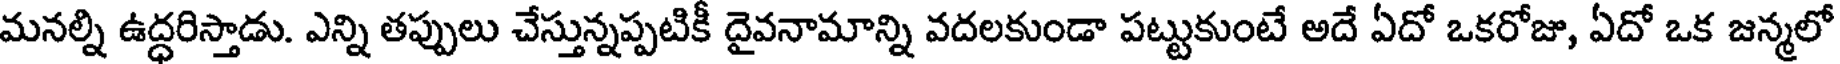
మనల్ని ఉద్ధరిస్తాడు. ఎన్ని తప్పులు చేస్తున్నప్పటికీ దైవనామాన్ని వదలకుండా పట్టుకుంటే అదే ఏదో ఒకరోజు, ఏదో ఒక జన్మలో